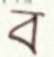
ব